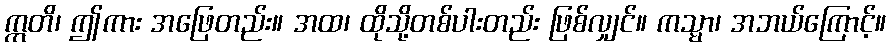
ဣတိ၊ ဤကား အဖြေတည်း။ အထ၊ ထိုသို့တစ်ပါးတည်း ဖြစ်လျှင်။ ကသ္မာ၊ အဘယ်ကြောင့်။